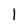
Character: l